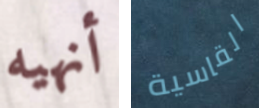
أنهيه القاسية